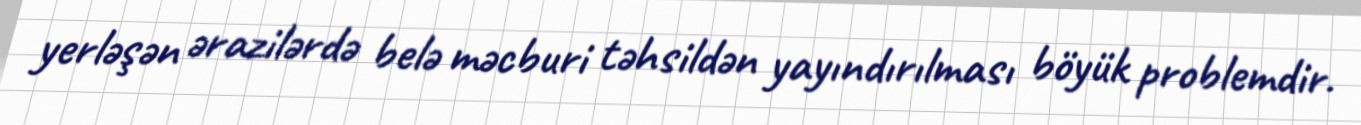
yerləşən ərazilərdə belə məcburi təhsildən yayındırılması böyük problemdir.